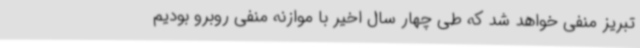
تبریز منفی خواهد شد که طی چهار سال اخیر با موازنه منفی روبرو بودیم